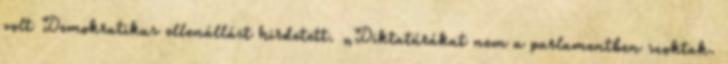
volt Demokratikus ellenállást hirdetett. „Diktatúrákat nem a parlamentben szoktak.